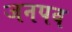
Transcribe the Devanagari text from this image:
जनपव